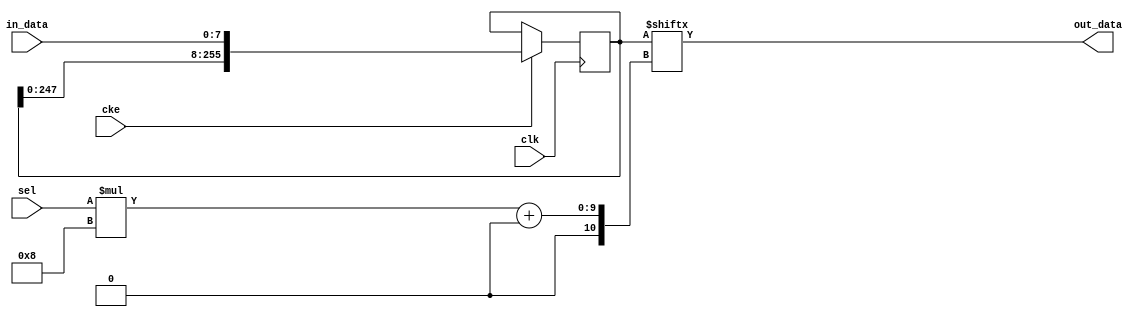
// ---------------------------------------------------------------------------
//  Jelly  -- The platform for real-time computing
//
//                                 Copyright (C) 2008-2020 by Ryuji Fuchikami
//                                 https://github.com/ryuz/jelly.git
// ---------------------------------------------------------------------------



`timescale 1ns / 1ps
`default_nettype none



// shift register lookup table
module jelly_data_shift_register_lut
        #(
            parameter   SEL_WIDTH  = 5,
            parameter   NUM        = (1 << SEL_WIDTH),
            parameter   DATA_WIDTH = 8,
            parameter   DEVICE     = "RTL"
        )
        (
            input   wire                        clk,
            input   wire                        cke,
            
            input   wire    [SEL_WIDTH-1:0]     sel,
            input   wire    [DATA_WIDTH-1:0]    in_data,
            output  wire    [DATA_WIDTH-1:0]    out_data
        );
    
    genvar      i;
    
    generate
`ifndef VERILATOR
    if ( SEL_WIDTH <= 5
            && (DEVICE == "SPARTAN6"
             || DEVICE == "VIRTEX6"
             || DEVICE == "7SERIES"
             || DEVICE == "ULTRASCALE"
             || DEVICE == "ULTRASCALE_PLUS_ES1"
             || DEVICE == "ULTRASCALE_PLUS_ES2") ) begin : xilinx_srlc32e
        
        for ( i = 0; i < DATA_WIDTH; i = i+1 ) begin : loop_shift
            // XILINX
            wire    [4:0]   a = sel;
            SRLC32E
                    #(
                        .INIT   (32'h00000000)
                    )
                i_srlc32e
                    (
                        .Q      (out_data[i]),
                        .Q31    (),
                        .A      (a),
                        .CE     (cke),
                        .CLK    (clk),
                        .D      (in_data[i])
                    );
        end
    end
`else
    if (0) begin end 
`endif
    else begin : blk_rtl
        // RTL
        reg     [NUM*DATA_WIDTH-1:0]    reg_data;
        always @(posedge clk) begin
            if ( cke ) begin
                reg_data <= {reg_data, in_data};
            end
        end
        
        assign out_data = reg_data[sel*DATA_WIDTH +: DATA_WIDTH];
    end
    endgenerate
    
    
endmodule



`default_nettype wire


// end of file